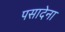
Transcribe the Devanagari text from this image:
पसादेना